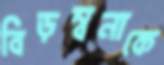
বিড়ম্বনাকে